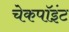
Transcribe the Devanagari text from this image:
चेकपॉइंट